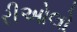
રીઓલો